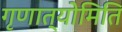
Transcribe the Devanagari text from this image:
गृणात्योमिति